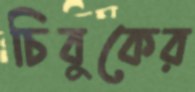
চিবুকের